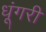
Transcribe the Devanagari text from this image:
धूंगरी